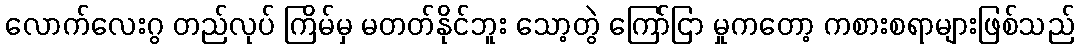
လောက်လေးဂွ တည်လုပ် ကြိမ်မှ မတတ်နိုင်ဘူး သော့တွဲ ကြော်ငြာ မှုကတော့ ကစားစရာများဖြစ်သည်